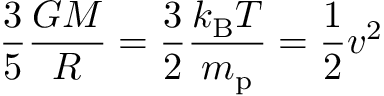
{ \frac { 3 } { 5 } } { \frac { G M } { R } } = { \frac { 3 } { 2 } } { \frac { k _ { \mathrm { B } } T } { m _ { \mathrm { p } } } } = { \frac { 1 } { 2 } } v ^ { 2 }